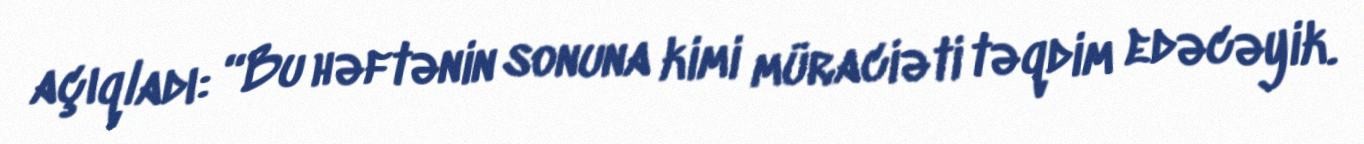
açıqladı: “Bu həftənin sonuna kimi müraciəti təqdim edəcəyik.